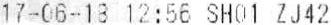
17-06-18 12:56 SH01 ZJ42